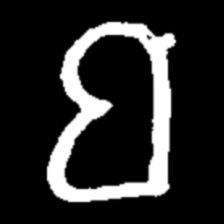
Pyu character \u2014 Myanmar letter: ဗ (romanized: ba)